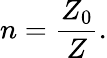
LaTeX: n={\frac{Z_{0}}{Z}}.